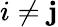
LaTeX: i\neq\mathbf{j}